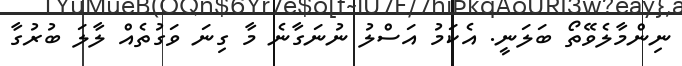
ނިިންމާލެވޭތޯ ބަލަނީ. އެކަމު އަސްލު ނުނަގާނެ މާ ގިނަ ވަގުތެއް ލާލަ ބުރުގާ